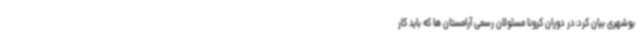
بوشهری بیان کرد:در دوران کرونا مسئولان رسمی آرامستان ها که باید کار